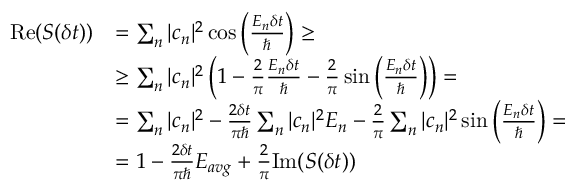
{ \begin{array} { r l } { { \mathrm { R e } } ( S ( \delta t ) ) } & { = \sum _ { n } | c _ { n } | ^ { 2 } \cos \left( { \frac { E _ { n } \delta t } { \hbar } } \right) \geq } \\ & { \geq \sum _ { n } | c _ { n } | ^ { 2 } \left( 1 - { \frac { 2 } { \pi } } { \frac { E _ { n } \delta t } { \hbar } } - { \frac { 2 } { \pi } } \sin \left( { \frac { E _ { n } \delta t } { \hbar } } \right) \right) = } \\ & { = \sum _ { n } | c _ { n } | ^ { 2 } - { \frac { 2 \delta t } { \pi \hbar } } \sum _ { n } | c _ { n } | ^ { 2 } E _ { n } - { \frac { 2 } { \pi } } \sum _ { n } | c _ { n } | ^ { 2 } \sin \left( { \frac { E _ { n } \delta t } { \hbar } } \right) = } \\ & { = 1 - { \frac { 2 \delta t } { \pi \hbar } } E _ { a v g } + { \frac { 2 } { \pi } } { \mathrm { I m } } ( S ( \delta t ) ) } \end{array} }